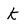
Character: k